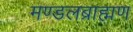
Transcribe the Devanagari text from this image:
मण्डलब्राह्मण